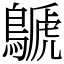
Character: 鷈